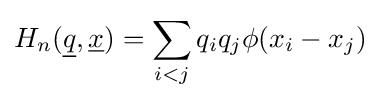
H_{n}({\underline {q}},{\underline {x}})=\sum _{i<j}q_{i}q_{j}\phi (x_{i}-x_{j})